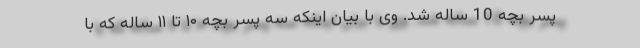
پسر بچه 10 ساله شد. وی با بیان اینکه سه پسر بچه ۱۰ تا ۱۱ ساله که با